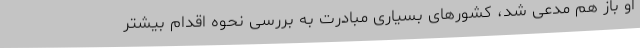
او باز هم مدعی شد، کشورهای بسیاری مبادرت به بررسی نحوه اقدام بیشتر